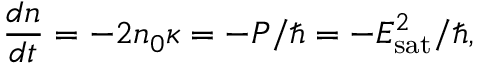
\frac { d n } { d t } = - 2 n _ { 0 } \kappa = - P / \hbar = - E _ { \mathrm { s a t } } ^ { 2 } / \hbar ,